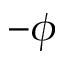
- \phi